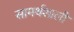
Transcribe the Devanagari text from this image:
सामर्थशाली